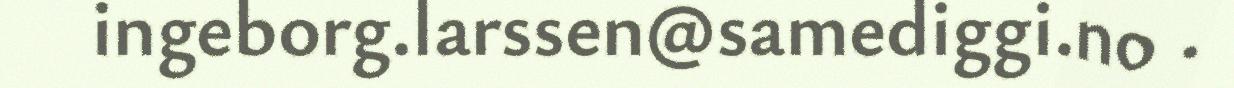
ingeborg.larssen@samediggi.no .